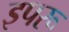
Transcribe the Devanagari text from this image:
इपरू